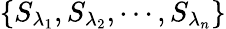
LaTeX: \left\{ {{S}_{{\lambda}_{1}}},{{S}_{{\lambda}_{2}}},\cdots,{{S}_{{\lambda}_{n}}}\right\}